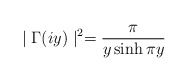
\begin{align*}\mid \Gamma (iy)\mid ^2=\frac \pi {y\sinh \pi y}\end{align*}